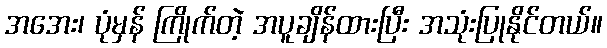
အအေး၊ ပုံမှန် ကြိုက်တဲ့ အပူချိန်ထားပြီး အသုံးပြုနိုင်တယ်။